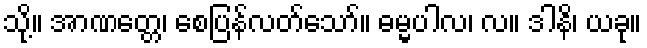
သို့။ အာဏတ္တေ၊ စေပြန်လတ်သော်။ ဓမ္မပါလ၊ လ။ ဒါနိ၊ ယခု။